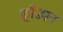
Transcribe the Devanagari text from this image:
फ़्रीडमन